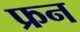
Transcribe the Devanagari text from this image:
फ्रन